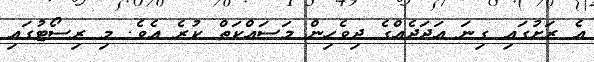
އެ ރަށުގައި ގިނަ އަދަދެއްގެ ދިވެހިން މަސައްކަތް ކުރެ އެވެ. މި ރިސޯޓުގައި